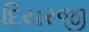
દિયરજી